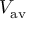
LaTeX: V _ { \mathrm { a v } }